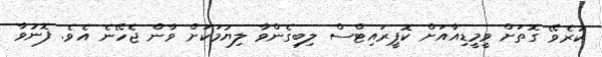
ކުރެވޭ ގޮތަށް ވީމީޑިއާއަށް ކޮޕީރައިޓްސް ލިބިގެންވާ ލިޔުމަކަށް ވާން ޖެހޭނެ އެވެެ. ފޮނުވާ